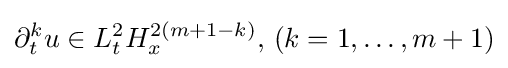
\partial _{t}^{k}u\in L_{t}^{2}H_{x}^{2(m+1-k)},\,(k=1,\dots ,m+1)